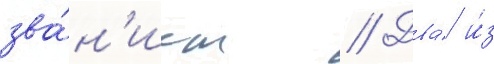
зва́н'ием // Два́ и́з